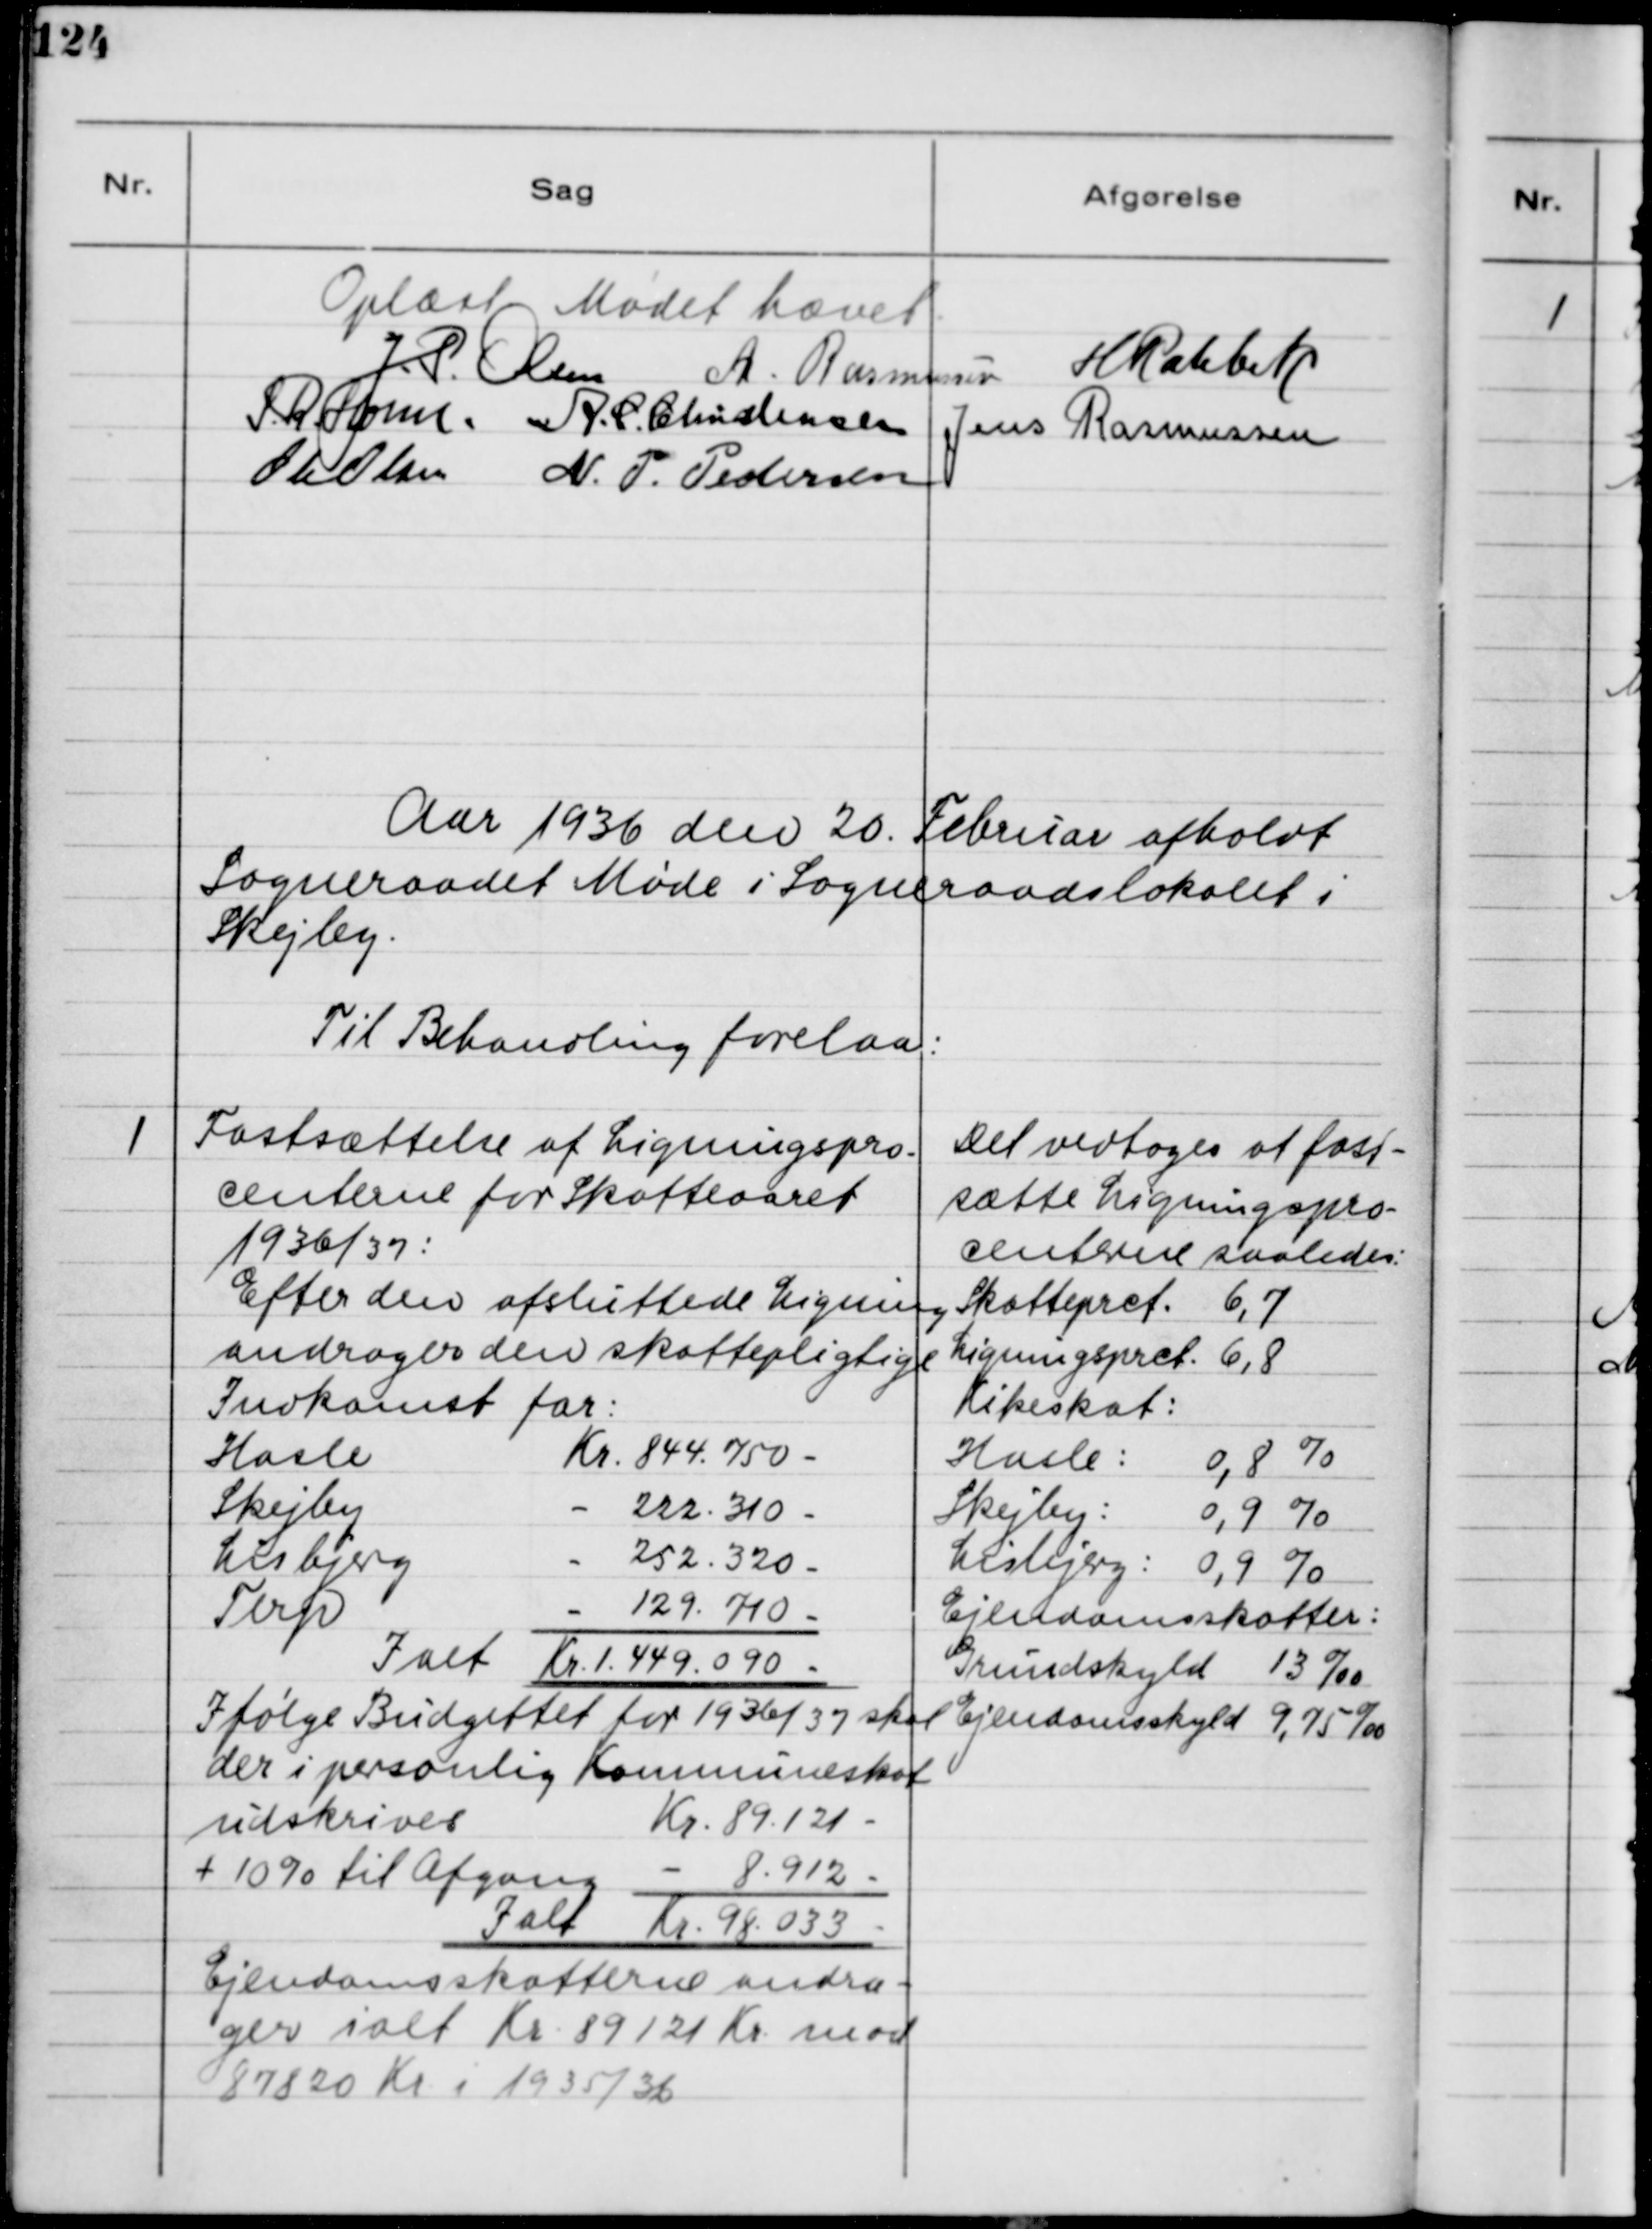
Transskription:
Oplæst Mødet hævet.
J.P Olsen
A. Rasmussen
H. Rahbek
S.R Holm
A.C. Christensen
Jens Rasmussen
Ole Olsen
N.P. Pedersen
Aar 1936 den 20. Februar afholdt
Sogneraadet Møde i Sogneraadslokalet i
Skejby.
Til Behandling forelaa:
1
Fastsættelse af Ligningspro-
centerne for Skatteaaret
1936/37:
Efter den afsluttede Ligning
andrager den skattepligtige
Indkomst for:
Hasle
Kr. 844.750-
Skejby
222.310-
Lisbjerg
252.320-
Terp
129.710-
Ialt Kr. 1.449.090-
Ifølge Budgettet for 1936/37 skal
der i personlig Kommuneskat
udskrives
Kr. 89.121-
+ 10% til Afgang
8.912-
Ialt Kr. 98.033-
Ejendomsskatterne andra-
ger ialt Kr. 89121 Kr mod
87820 Kr i 1935/36
Det vedtoges at fast-
sætte Ligningspro-
centerne saaledes:
Skatteprct. 6,7
Ligningsprct. 6,8
Kirkeskat:
Hasle:
0,8 %
Skejby:
0,9 %
Lisbjerg:
0,9 %
Ejendomsskatter:
Grundskyld 13 0/00
Ejendomsskyld 9,75 0/00